Scientific memoirs by medical officers of the Army of India - Part VIII,
Year: 1894
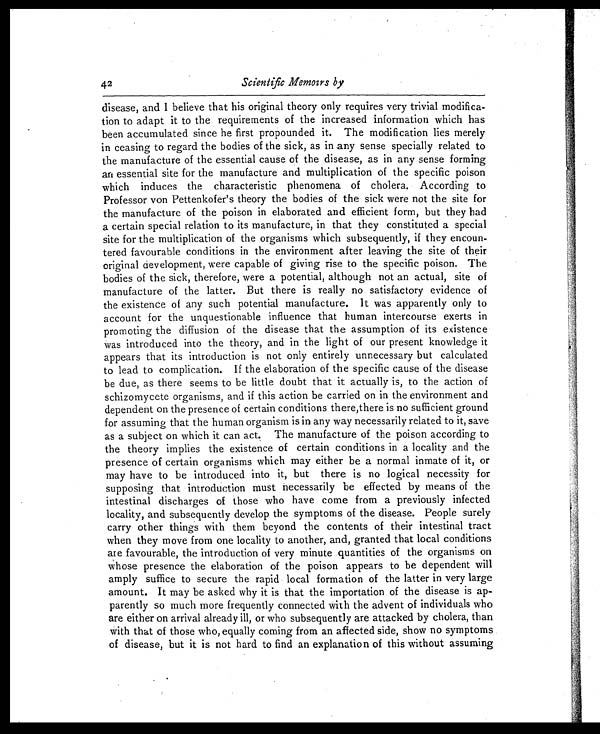
42
Scientific Memoirs by
disease, and I believe that his original theory only requires very trivial modifica-
tion to adapt it to the requirements of the increased information which has
been accumulated since he first propounded it. The modification lies merely
in ceasing to regard the bodies of the sick, as in any sense specially related to
the manufacture of the essential cause of the disease, as in any sense forming
an essential site for the manufacture and multiplication of the specific poison
which induces the characteristic phenomena of cholera. According to
Professor von Pettenkofer's theory the bodies of the sick were not the site for
the manufacture of the poison in elaborated and efficient form, but they had
a certain special relation to its manufacture, in that they constituted a special
site for the multiplication of the organisms which subsequently, if they encoun-
tered favourable conditions in the environment after leaving the site of their
original development, were capable of giving rise to the specific poison. The
bodies of the sick, therefore, were a potential, although not an actual, site of
manufacture of the latter. But there is really no satisfactory evidence of
the existence of any such potential manufacture. It was apparently only to
account for the unquestionable influence that human intercourse exerts in
promoting the diffusion of the disease that the assumption of its existence
was introduced into the theory, and in the light of our present knowledge it
appears that its introduction is not only entirely unnecessary but calculated
to lead to complication. If the elaboration of the specific cause of the disease
be due, as there seems to be little doubt that it actually is, to the action of
schizomycete organisms, and if this action be carried on in the environment and
dependent on the presence of certain conditions there,there is no sufficient ground
for assuming that the human organism is in any way necessarily related to it, save
as a subject on which it can act. The manufacture of the poison according to
the theory implies the existence of certain conditions in a locality and the
presence of certain organisms which may either be a normal inmate of it, or
may have to be introduced into it, but there is no logical necessity for
supposing that introduction must necessarily be effected by means of the
intestinal discharges of those who have come from a previously infected
locality, and subsequently develop the symptoms of the disease. People surely
carry other things with them beyond the contents of their intestinal tract
when they move from one locality to another, and, granted that local conditions
are favourable, the introduction of very minute quantities of the organisms on
whose presence the elaboration of the poison appears to be dependent will
amply suffice to secure the rapid local formation of the latter in very large
amount. It may be asked why it is that the importation of the disease is ap-
parently so much more frequently connected with the advent of individuals who
are either on arrival already ill, or who subsequently are attacked by cholera, than
with that of those who, equally coming from an affected side, show no symptoms
of disease, but it is not hard to find an explanation of this without assuming
3 )A